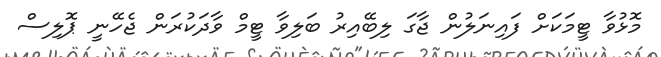
މޮޅުވާ ޓީމަކަށް ފައިނަލުން ޖާގަ ލިބޭއިރު ބަލިވާ ޓީމް ވާދަކުރަން ޖެހޭނީ ޕޮލިސް